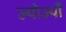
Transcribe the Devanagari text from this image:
ज्योर्ज्यो